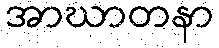
အာဃာတနာ